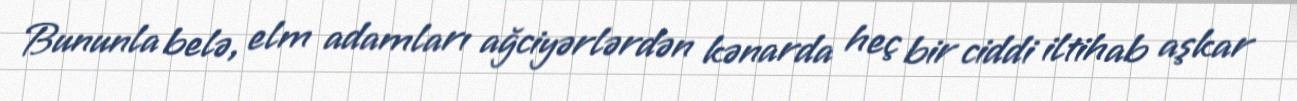
Bununla belə, elm adamları ağciyərlərdən kənarda heç bir ciddi iltihab aşkar